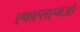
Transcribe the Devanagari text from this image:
एफएसएमओ